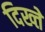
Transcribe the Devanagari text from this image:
दिख्ते